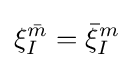
\xi _{I}^{\bar {m}}={\bar {\xi }}_{I}^{m}